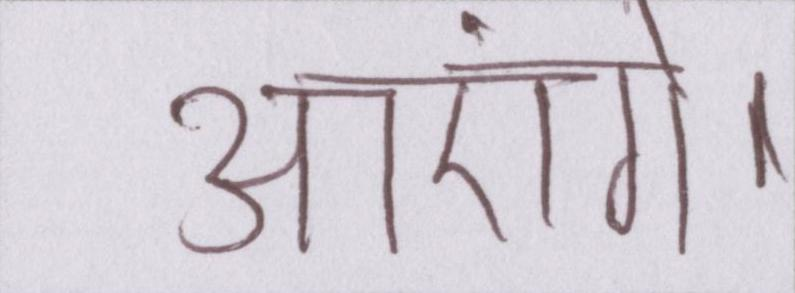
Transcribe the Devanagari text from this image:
आएंगे।